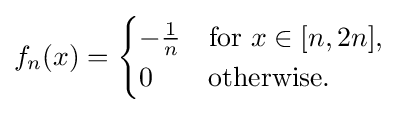
f_{n}(x)={\begin{cases}-{\frac {1}{n}}&{\text{for }}x\in [n,2n],\\0&{\text{otherwise.}}\end{cases}}